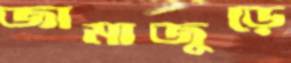
জামাজুড়ে